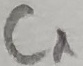
Text: C1